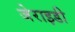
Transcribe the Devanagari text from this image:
जेराइडी